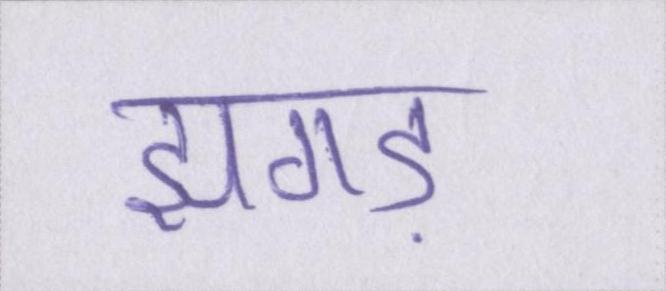
झगड़